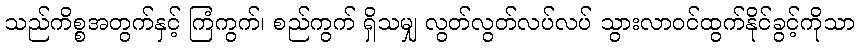
သည်ကိစ္စအတွက်နှင့် ကြံကွက်၊ စည်ကွက် ရှိသမျှ လွတ်လွတ်လပ်လပ် သွားလာဝင်ထွက်နိုင်ခွင့်ကိုသာ